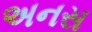
અનસ